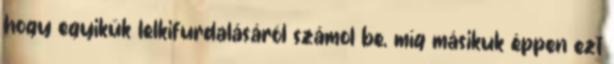
hogy egyikük lelkifurdalásáról számol be, míg másikuk éppen ezt